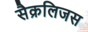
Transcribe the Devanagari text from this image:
सैक्रलिजस